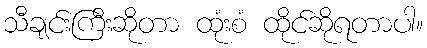
သီချင်းကြီးဆိုတာ ထုံးစံ ထိုင်ဆိုရတာပါ။